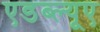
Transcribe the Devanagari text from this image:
एडब्ल्यूए